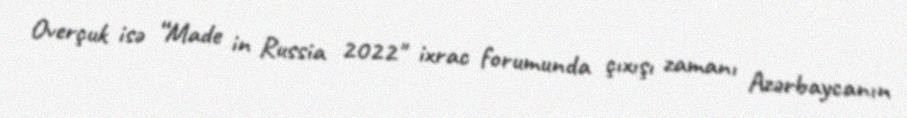
Overçuk isə “Made in Russia 2022" ixrac forumunda çıxışı zamanı Azərbaycanın